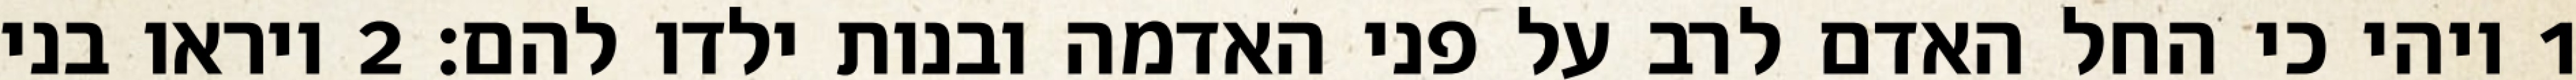
1 ויהי כי החל האדם לרב על פני האדמה ובנות ילדו להם׃ ‎2‏ ויראו בני